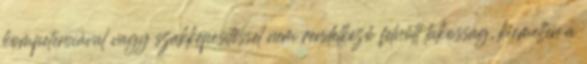
kompetenciával vagy szakképesítéssel nem rendelkező felnőtt lakosság, kiemelten a